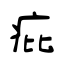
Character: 疪